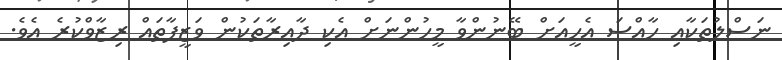
ނަސްލުތަކާއި ހާއްސަ އެހީއަށް ބޭނުންވާ މީހުންނަށް އެކި ދާއިރާތަކުން ވަޒީފާތައް ރިޒާވްކުރެ އެވެ.